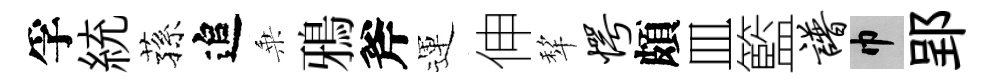
孚統蓀追乗鴉斧運伸犂愕頗皿籃谱巾郢